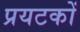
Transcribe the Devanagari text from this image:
प्रयटकों